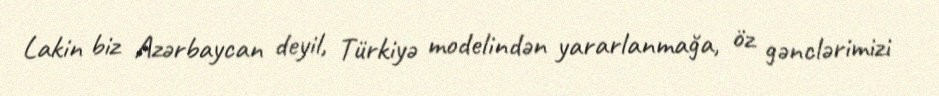
Lakin biz Azərbaycan deyil, Türkiyə modelindən yararlanmağa, öz gənclərimizi